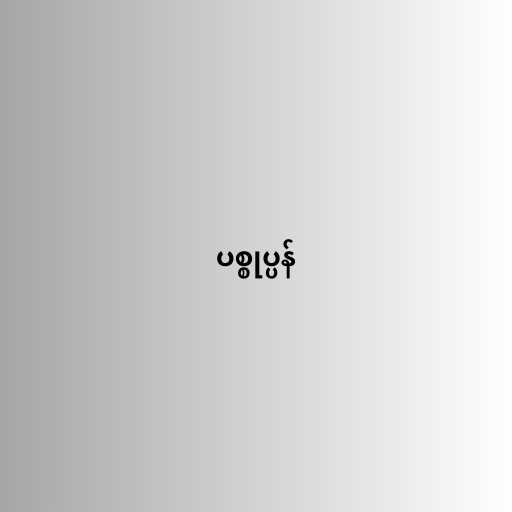
ပစ္စုပ္ပန်